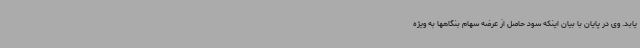
یابد. وی در پایان با بیان اینکه سود حاصل از عرضه سهام بنگاهها به ویژه